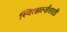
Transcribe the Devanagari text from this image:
स्वित्झर्ल्डंसाठी